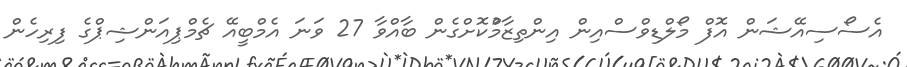
އެސޯސިއޭޝަން އޮފް މޯލްޑިވްސްއިން އިންތިޒާމްުކޮށްގެން ބާއްވާ 27 ވަނަ އެމްބީއޭ ޗެމްޕިއަންޝިޕްގެ ފިރިހެން